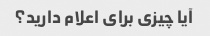
آیا چیزی برای اعلام دارید؟